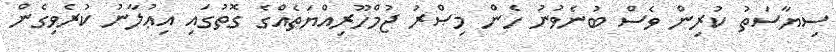
ސިޔާސަތު ކުރިން ވެސް ބުނެވުނު ހެން މިޞްރު ޖުމްހޫރިއްޔަތެއްގެ ގޮތުގައި އިޢުލާނު ކުރެވިގެން